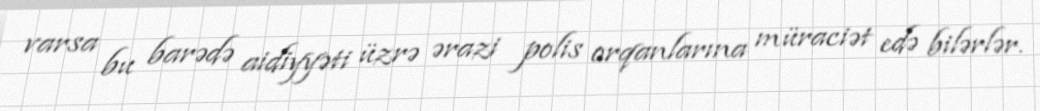
varsa bu barədə aidiyyəti üzrə ərazi polis orqanlarına müraciət edə bilərlər.